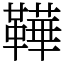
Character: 鞾